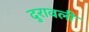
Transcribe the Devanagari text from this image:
दुरावली